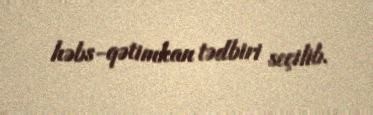
həbs-qətimkan tədbiri seçilib.